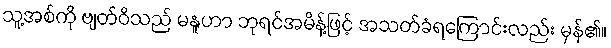
သူ့အစ်ကို ဗျတ်ဝိသည် မနူဟာ ဘုရင်အမိန့်ဖြင့် အသတ်ခံရကြောင်းလည်း မှန်၏။